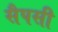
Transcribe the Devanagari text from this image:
सैपसी